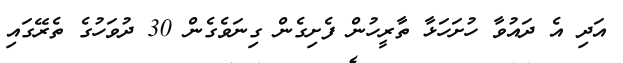
އަދި އެ ދައުވާ ހުށަހަޅާ ތާރީހުން ފެށިގެން ގިނަވެގެން 30 ދުވަހުގެ ތެރޭގައި